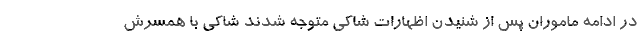
در ادامه ماموران پس از شنیدن اظهارات شاکی متوجه شدند شاکی با همسرش